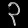
Digit: ၃